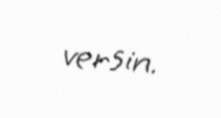
versin.